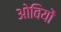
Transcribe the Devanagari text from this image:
ओवियों